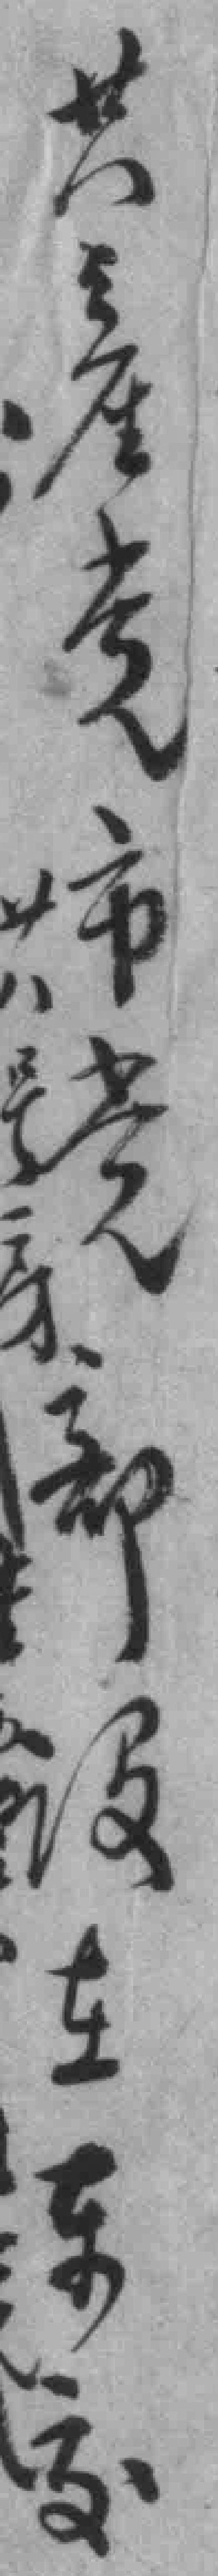
共產党市党部设在东交